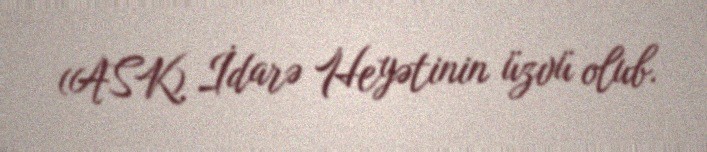
(ASK) İdarə Heyətinin üzvü olub.